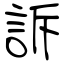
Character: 訴